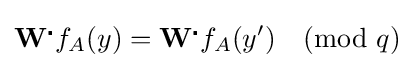
{\textbf {W}}^{\centerdot }f_{A}(y)={\textbf {W}}^{\centerdot }f_{A}(y'){\pmod {q}}